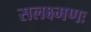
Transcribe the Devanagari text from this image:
सलक्ष्मणः